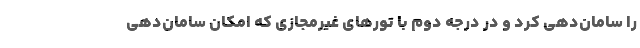
را سامان‌دهی کرد و در درجه دوم با تورهای غیرمجازی که امکان سامان‌دهی